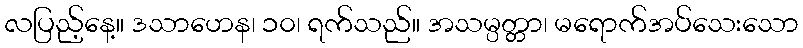
လပြည့်နေ့။ ဒသာဟေန၊ ၁၀၊ ရက်သည်။ အသမ္ပတ္တာ၊ မရောက်အပ်သေးသော